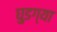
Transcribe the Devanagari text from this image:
घुडग्या